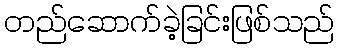
တည်ဆောက်ခဲ့ခြင်းဖြစ်သည်